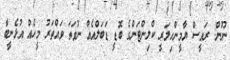
ނޫން: ރައީސް ޔާމީންހިލަރީ ކްލިންޓަންގެ ބޮޑީ ޑަބަލްއެއް ނުވަތަ ވައްތަރު މީހެއް އުޅެނީބާ